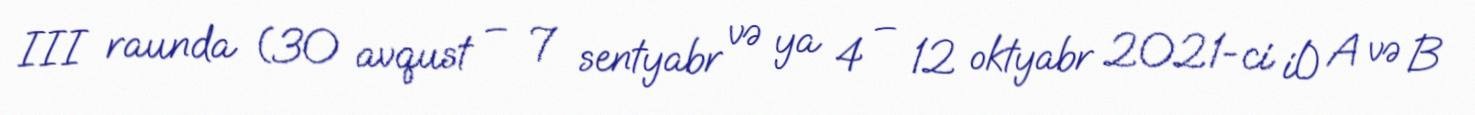
III raunda (30 avqust – 7 sentyabr və ya 4 – 12 oktyabr 2021-ci il) A və B